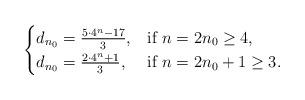
LaTeX: \begin{align*}\begin{cases}d_{n_0}=\frac{5\cdot 4^n-17}{3},& \mbox{if}\ n=2n_0\geq 4,\\d_{n_0}=\frac{2\cdot 4^n+1}{3}, & \mbox{if}\ n=2n_0+1\geq 3.\end{cases}\end{align*}